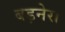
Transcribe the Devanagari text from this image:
बड़नेरा